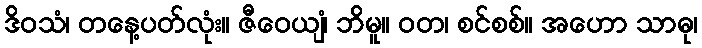
ဒိဝသံ၊ တနေ့ပတ်လုံး။ ဇီဝေယျံ၊ ဘိမူ။ ဝတ၊ စင်စစ်။ အဟော သာဓု၊